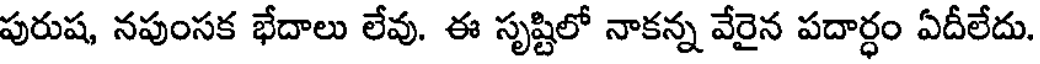
పురుష, నపుంసక భేదాలు లేవు. ఈ సృష్టిలో నాకన్న వేరైన పదార్ధం ఏదీలేదు.